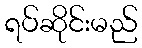
ရပ်ဆိုင်းမည်